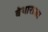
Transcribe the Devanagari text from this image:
बेथाराजा